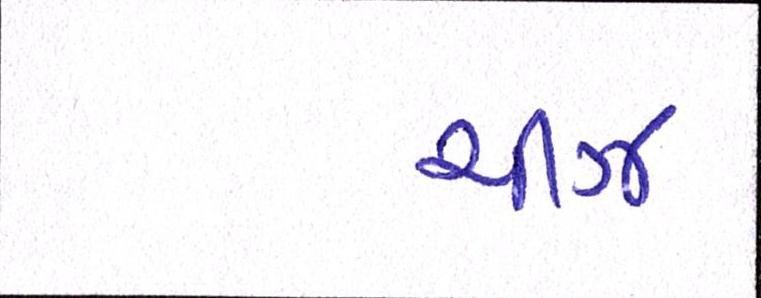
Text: ચીઝ